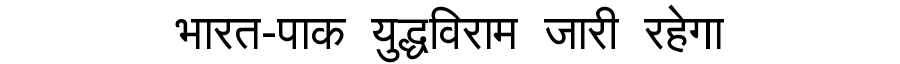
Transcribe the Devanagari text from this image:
भारत-पाक युद्धविराम जारी रहेगा